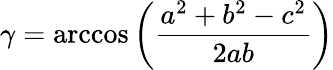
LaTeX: \gamma=\operatorname{arccos}\left({\frac{a^{2}+b^{2}-c^{2}}{2ab}}\right)